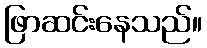
ဖြာဆင်းနေသည်။